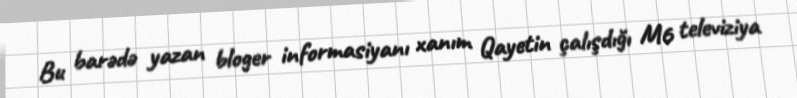
Bu barədə yazan bloger informasiyanı xanım Qayetin çalışdığı M6 televiziya